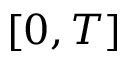
\left[ 0 , T \right]